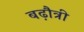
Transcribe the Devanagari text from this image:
बढ़ौत्री